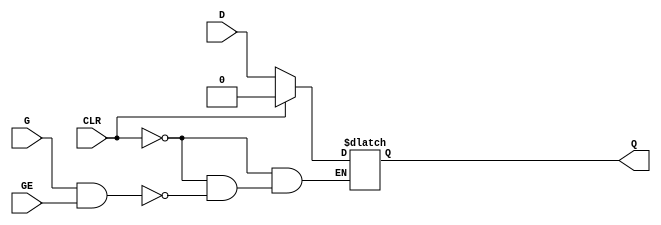
`ifdef verilator3
`else
`timescale 1 ps / 1 ps
`endif
//
// LDCE primitive for Xilinx FPGAs
// Compatible with Verilator tool (www.veripool.org)
// Copyright (c) 2019-2022 Frdric REQUIN
// License : BSD
//

/* verilator coverage_off */
module LDCE
#(
    parameter INIT = 1'b0
)
(
    // Asynchronous clear
    input  wire CLR,
    // Latch
    input  wire G,
    // Latch enable
    input  wire GE,
    // Data in
    input  wire D,
    // Data out
    output wire Q
);
    reg _r_Q;

    initial begin : INIT_STATE
        _r_Q = INIT[0];
    end
    
    always @(CLR or G or GE or D) begin : LATCH
    
        if (CLR) begin
            _r_Q = 1'b0;
        end
        else if (G & GE) begin
            _r_Q = D;
        end
    end
    
    assign Q = _r_Q;

endmodule
/* verilator coverage_on */